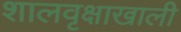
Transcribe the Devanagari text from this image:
शालवृक्षाखाली